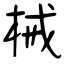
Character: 械